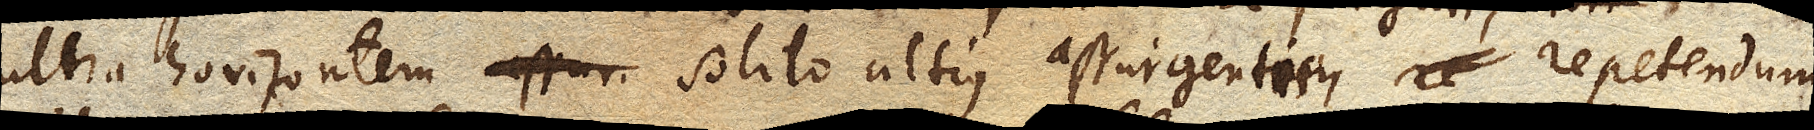
ultra horizontem solito altius assurgentis repetendum